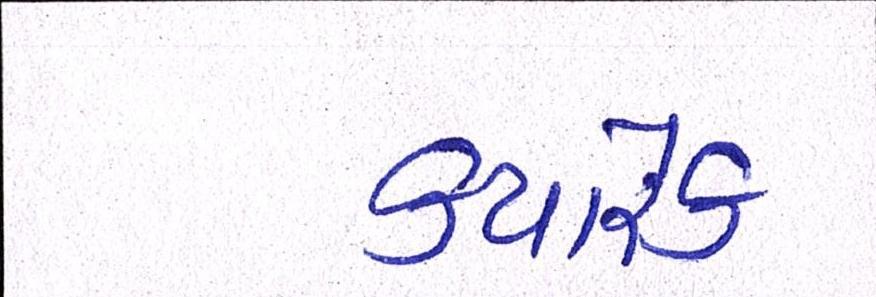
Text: ક્યારેક